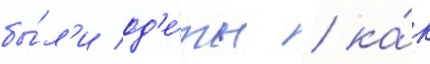
бы́л'и од'е́ты / ка́к